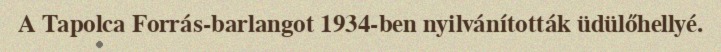
A Tapolca Forrás-barlangot 1934-ben nyilvánították üdülőhellyé.